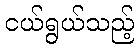
ငယ်ရွယ်သည့်